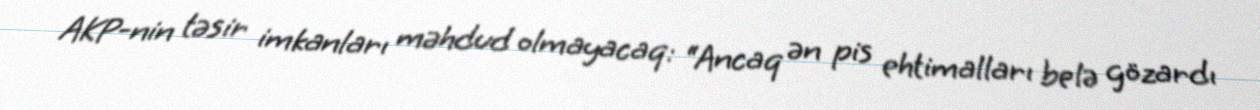
AKP-nin təsir imkanları məhdud olmayacaq: “Ancaq ən pis ehtimalları belə gözardı